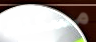
مسكنك